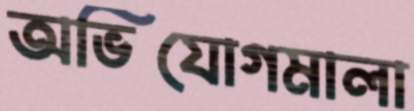
অভিযোগমালা